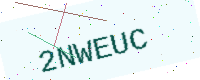
Text: 2NWEUC